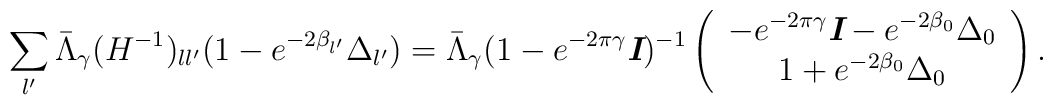
\sum _{l'}\bar{\Lambda }_\gamma(H^{-1})_{ll'}(1-e^{-2\beta _{l'}}\Delta _{l'}) = \bar{\Lambda }_\gamma(1-e^{-2\pi\gamma}\textit{\textbf{I}})^{-1}\left(  \begin{array}{c}    -e^{-2\pi\gamma}\textit{\textbf{I}}- e^{-2\beta _0}\Delta _0  \\    1 + e^{-2\beta _0}\Delta _0   \\  \end{array}\right).